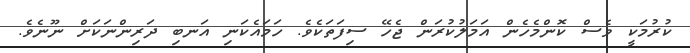
ކުރުމަކީ ވެސް ކޮންމެހެން އަމަލުކުރަން ޖެހޭ ސިފަތަކެވެ. ހަމައެކަނި އަނބި ދަރިންނަކަށް ނޫނެވެ.